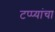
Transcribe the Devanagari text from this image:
टप्प्यांचा